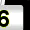
Digit: 6